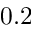
0 . 2